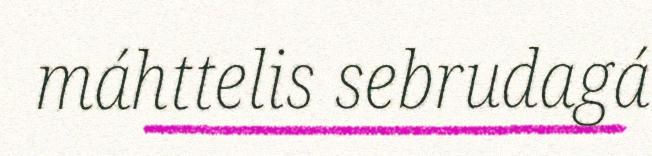
máhttelis sebrudagá